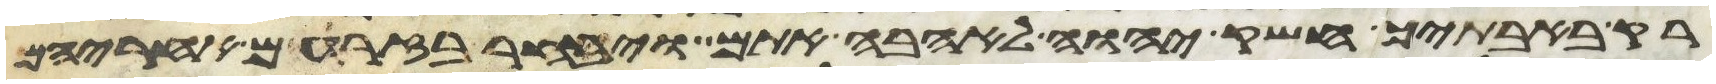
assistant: רק באבתיך חשק יהוה לאהבה אתם ויבחר בזרעם אחריהם